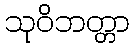
သုဝိဘတ္တာ